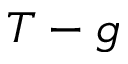
T - g